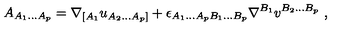
A _ { A _ { 1 } . . . A _ { p } } = \nabla _ { [ A _ { 1 } } u _ { A _ { 2 } . . . A _ { p } ] } + \epsilon _ { A _ { 1 } . . . A _ { p } B _ { 1 } . . . B _ { p } } \nabla ^ { B _ { 1 } } v ^ { B _ { 2 } . . . B _ { p } } \ ,